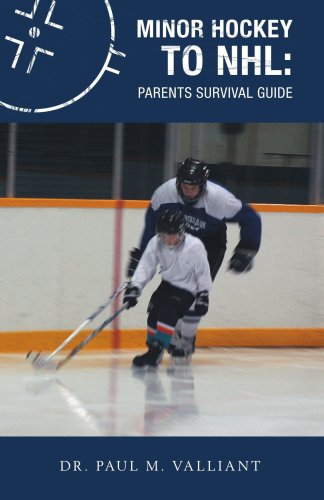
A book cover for Minor Hockey to NHL: Parents Survival Guide; Dr. Paul M. Valliant; Sports & Outdoors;